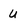
Character: U